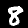
Label: 8